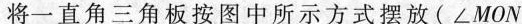
将一直角三角板按图中所示方式摆放(∠MON